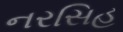
નરસિહ